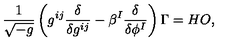
\frac { 1 } { \sqrt { - g } } \left( g ^ { i j } { \frac { \delta } { \delta g ^ { i j } } } - \beta ^ { I } \frac { \delta } { \delta \phi ^ { I } } \right) \Gamma = H O ,